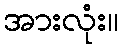
အားလုံး။